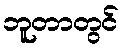
ဘူတာတွင်